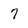
Character: 7